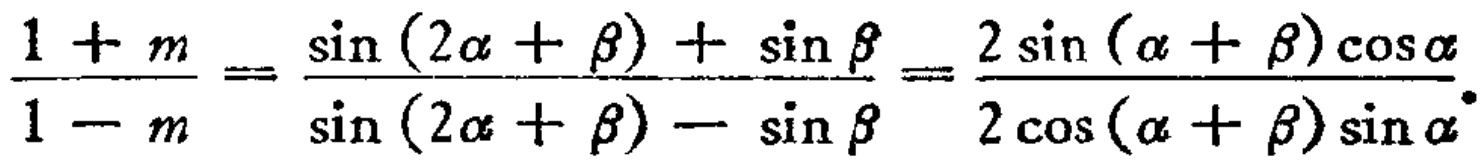
\frac{1 + m}{1 - m} = \frac{\sin (2\alpha + \beta) + \sin \beta}{\sin (2\alpha + \beta) - \sin \beta} = \frac{2\sin (\alpha + \beta)\cos \alpha}{2\cos (\alpha + \beta)\sin \alpha}